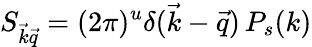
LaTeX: S_{{\vec{k}}{\vec{q}}}=(2\pi)^{u}\delta({\vec{k}}-{\vec{q}})\, P_{s}(k)